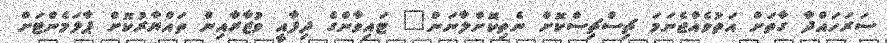
ސަރަހައްދާ ގާތަށް އަތުވެއްޖެނަމަ ޗިސްޗިސްކޮށް ނެތިކޮށްލާނަން" ޓައިވާންގެ ދިފާއީ ވުޒާރާއިން ތައްޔާރުކޮށް ޕާލަމެންޓަށް